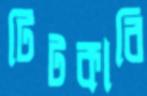
টিটকারি